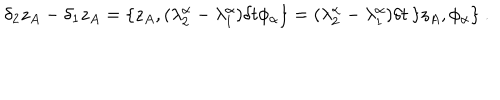
LaTeX: \delta _ { 2 } z _ { A } - \delta _ { 1 } z _ { A } = \{ z _ { A } , ( \lambda _ { 2 } ^ { \alpha } - \lambda _ { 1 } ^ { \alpha } ) \delta t \phi _ { \alpha } \} = ( \lambda _ { 2 } ^ { \alpha } - \lambda _ { 1 } ^ { \alpha } ) \delta t \, \{ z _ { A } , \phi _ { \alpha } \} \ .